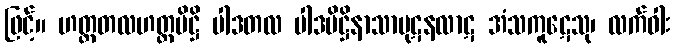
ဖြင့်။ ဟတ္ထတလဟတ္ထပိဋ္ဌိ ပါဒတလ ပါဒပိဋ္ဌိနာသာပုဋနလာဋ အံသကူဋေသု၊ လက်ဝါး